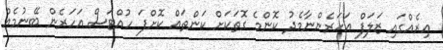
އިރެއްގައި ޒަލަފް އަހަރެންނާމެދު ކޮންމެ ގޮތަކަށް ކަންތައް ކޮށްފަ ހުއްޓަސް އަހަރެން ބޭނުމެއް